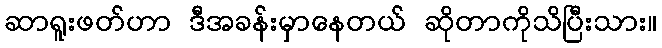
ဆာရူးဖတ်ဟာ ဒီအခန်းမှာနေတယ် ဆိုတာကိုသိပြီးသား။